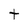
Character: t